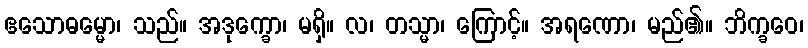
ဧသောဓမ္မော၊ သည်။ အဒုက္ခော၊ မရှိ။ လ၊ တသ္မာ၊ ကြောင့်။ အရဏော၊ မည်၏။ ဘိက္ခဝေ၊